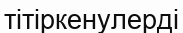
тітіркенулерді